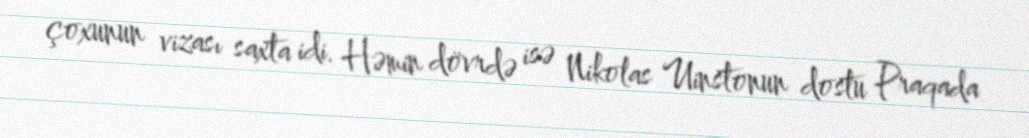
çoxunun vizası saxta idi. Həmin dövrdə isə Nikolas Uinstonun dostu Praqada